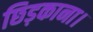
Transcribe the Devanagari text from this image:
छिड़काना।